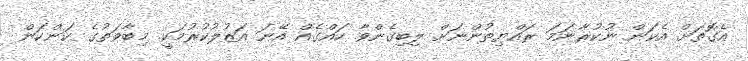
އެގޮތަށް އެކަން ނުކުރާނަމަ ރައްޔިތުންނަށް ލިބިގެންވާ ހައްގެއް އޭނަ އަޒުލުކުރުމަކީ. މިބާވަތުގެ ކަންކަން